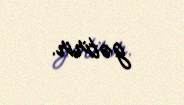
gətirir.